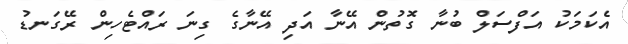
އެކަމަކު އަފްސަލް ބުނާ ގޮތުން އޭނާ އަދި އޭނާގެ ގިނަ ރައްޓެހިން ރޭގަނޑު